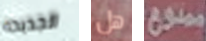
الجديده هل ممنوع